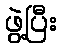
ဖွဲ့ပြီး